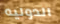
الدوليه